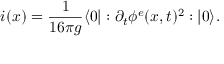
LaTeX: i ( x ) = \frac { 1 } { 1 6 \pi g } \langle 0 | : \partial _ { t } \phi ^ { e } ( x , t ) ^ { 2 } : | 0 \rangle .